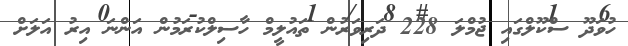
ހުވަދޫ ސްކޫލްގައި ޖުމްލަ 228 ދަރިވަރުން ތައުލީމް ހާސިލްކުރަމުން އަންނަ އިރު އަލަށް